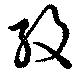
紋